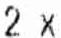
2 X